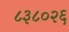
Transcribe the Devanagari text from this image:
८३८०२६